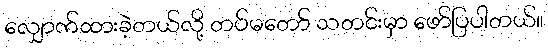
လျှောက်ထားခဲ့တယ်လို့ တပ်မတော် သတင်းမှာ ဖော်ပြပါတယ်။